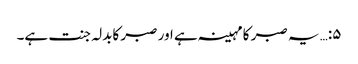
۵:… یہ صبر کا مہینہ ہے اور صبر کابدلہ جنت ہے۔